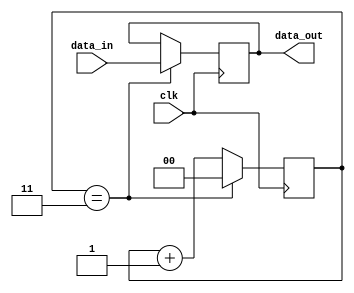
`timescale 1ns / 1ps
//////////////////////////////////////////////////////////////////////////////////
// Company: 
// Engineer: 
// 
// Design Name: 
// Module Name:    PC 
// Project Name: 
// Target Devices: 
// Tool versions: 
// Description: 
//
// Dependencies: 
//
// Revision: 
// Revision 0.01 - File Created
// Additional Comments: 
//
//////////////////////////////////////////////////////////////////////////////////
module PC( input clk , input [ 31 : 0 ] data_in , output reg [ 31 : 0 ] data_out );
	reg [ 1 : 0 ] counter ;
	initial
	begin
		data_out <= 0 ;
		counter <= 0 ;
		$monitor ( "%t , %d" , $time , data_out ) ;
	end
	always @ ( posedge clk )
	begin
		if ( counter == 3 )
		begin
			data_out <= data_in ;
			counter <= 0 ;
		end
		else
		begin
			counter <= counter + 1 ;
		end
	end
endmodule